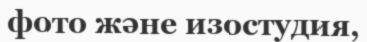
фото және изостудия,